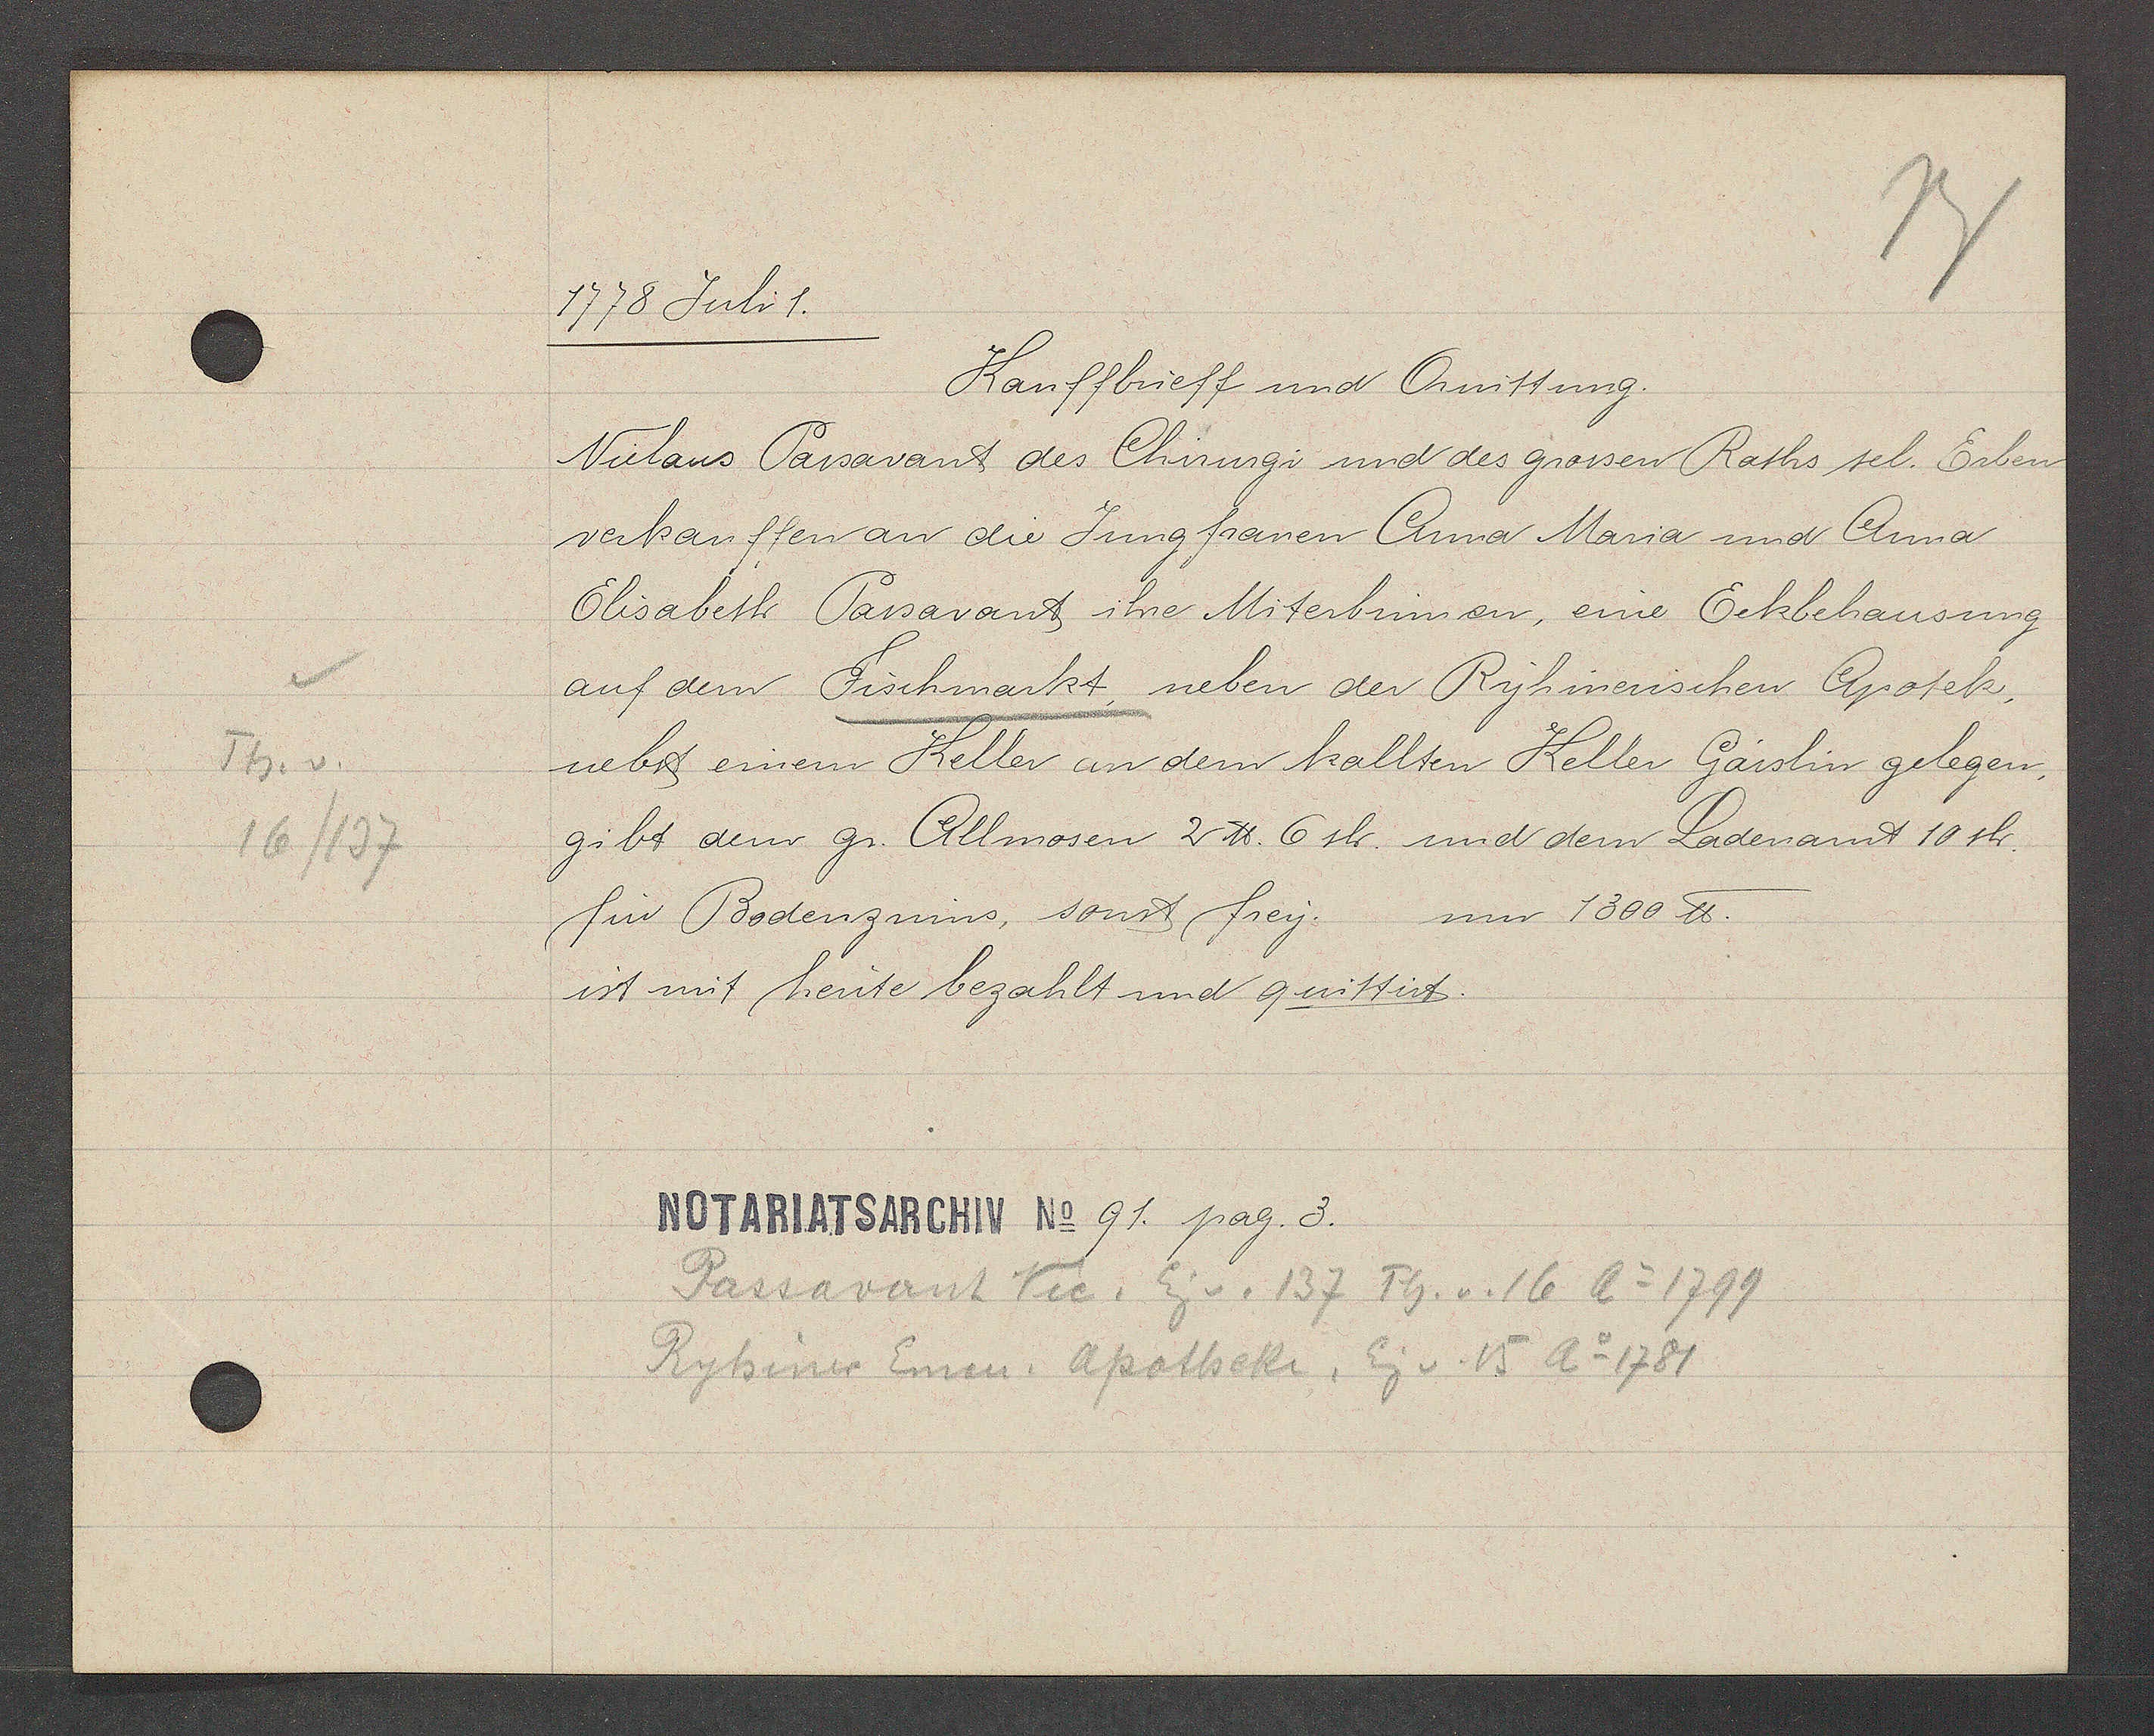
Transcript:
Th. v.
16/137

1778 Juli 1.

Kauffbrieff und Quittung.
Niclaus Passavant des Chirurgi und des grossen Raths sel. Erben
verkauffen an die Jungfrauen Anna Maria und Anna
Elisabeth Passavant ihre Miterbinnen, eine Eckbehausung
auf dem Fischmarkt, neben der Ryhinerischen Apotek,
nebst einem Keller an dem kallten Keller Gässlin gelegen,
gibt dem gr. Allmosen 2 ℔. 6 sh. und dem Ladenamt 10 sh.
für Bodenzinns, sonst frey. nur 1300 ℔.
ist mit heute bezahlt und quittirt.

Notariatsarchiv No 91. pag. 3.

Passavant Vic. Eig v. 137 Th. v. 16 Ao 1799
Ryhiner Eman. Apotheke, Eig v. 15 Ao 1781